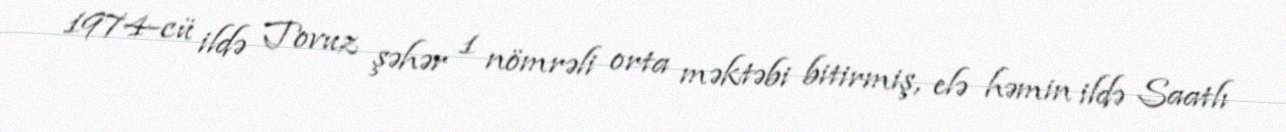
1974-cü ildə Tovuz şəhər 1 nömrəli orta məktəbi bitirmiş, elə həmin ildə Saatlı